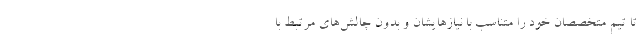
تا تیم متخصصان خود را متناسب با نیازهایشان و بدون چالش‌های مرتبط با